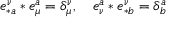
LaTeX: e _ { \ast a } ^ { \nu } \ast e _ { \mu } ^ { a } = \delta _ { \mu } ^ { \nu } , \quad e _ { \nu } ^ { a } \ast e _ { \ast b } ^ { \nu } = \delta _ { b } ^ { a }